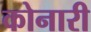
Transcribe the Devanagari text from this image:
कोनारी